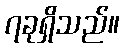
၇ခုရှိသည်။